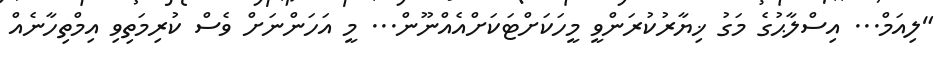
"ލިއަމް... އިސްލާޙުގެ މަގު ޚިޔާރުކުރަންވީ މީހަކަށްޓަކަށްއެއްނޫން... މީ އަހަންނަށް ވެސް ކުރިމަތިވި އިމްތިހާނެއް